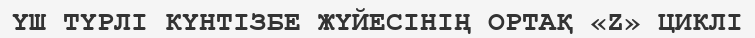
ҮШ ТҮРЛІ КҮНТІЗБЕ ЖҮЙЕСІНІҢ ОРТАҚ «Z» ЦИКЛІ